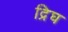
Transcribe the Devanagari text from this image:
द्रिघ